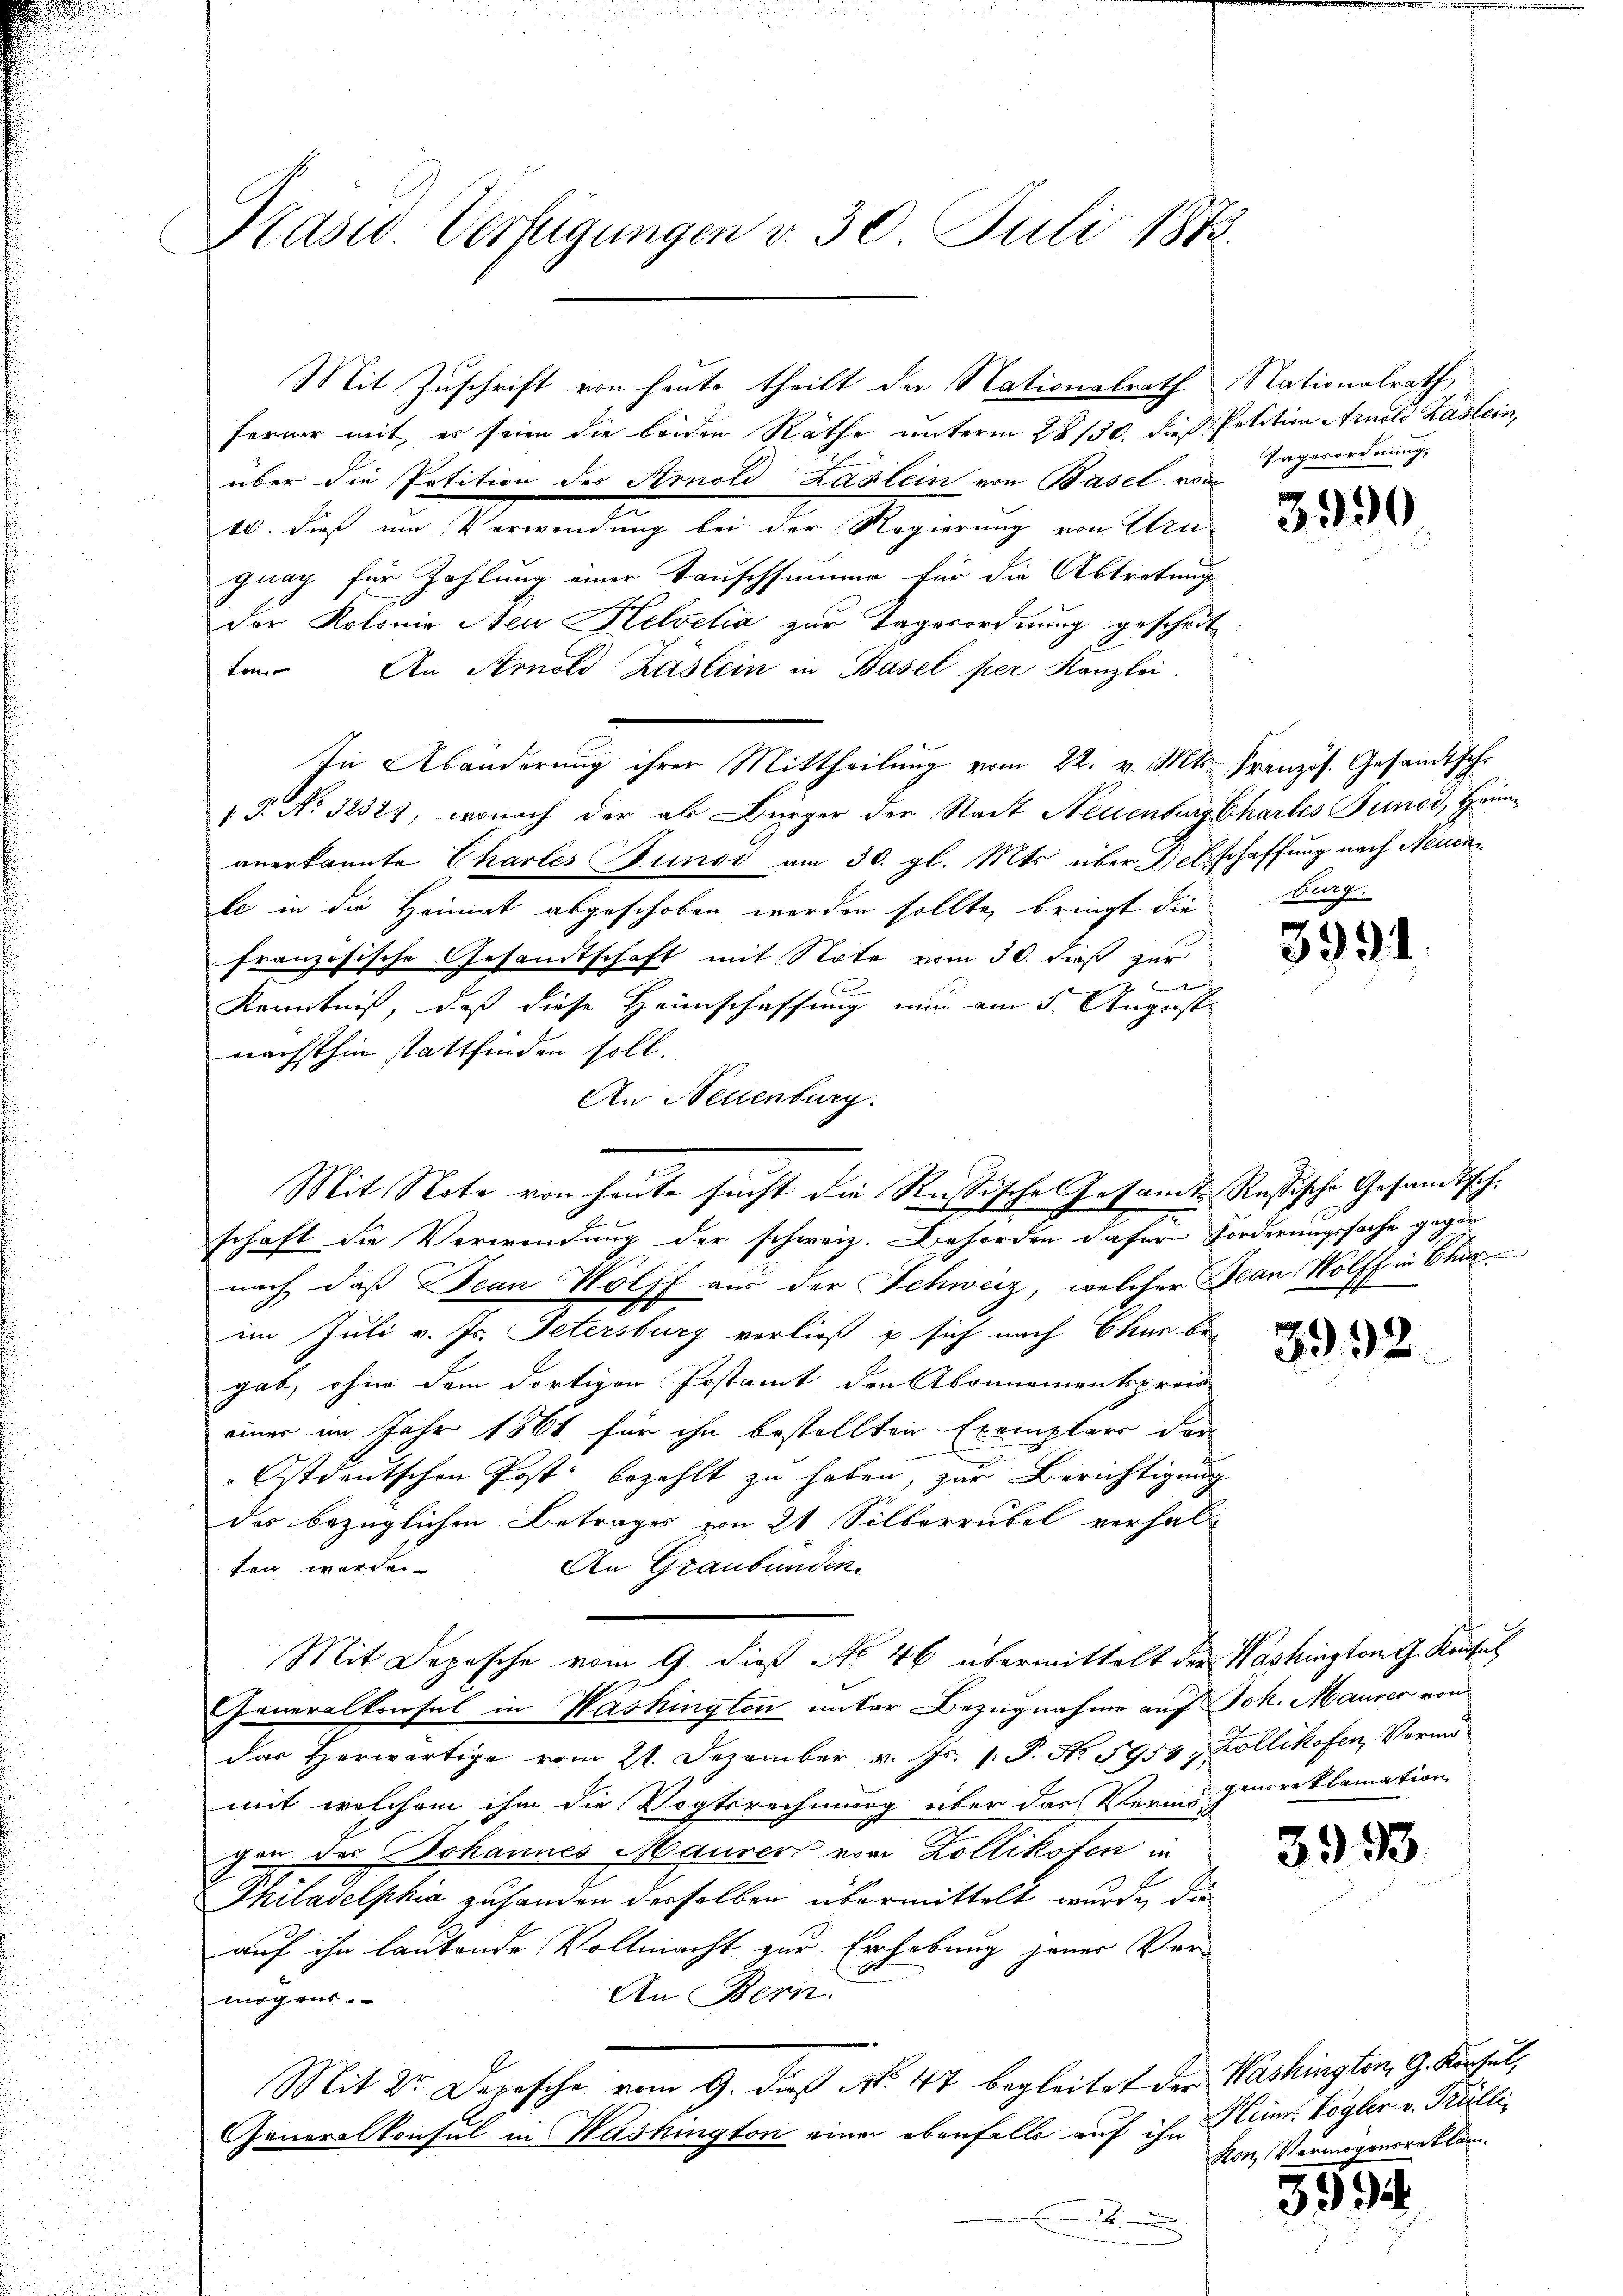
Krasw. Verfügungen v. 30. Juli 1875.

ferner mit, es seien die beiden Räthe unterm 28/30. dieß Petition Arnold Kastein,
über die Petition des Arnold Laslein von Basel vom
10. dieß um Verwendung bei der Regierung von Ungnag für Zahlung einer Tauschsumme für die Abtretung
der Rotonie Neu Helvetia zur Tagesordnung geschritten. An Arnold Kastein in Basel per Kanzlei.
In Abänderung ihrer Mittheilung vom 22. v. Mts. Französ. Gesandtsche
(P. Nr. 3232), wonach der als Bürger der Stadt Neuenburg Chartes Tunod, Heinanerkannte Chartes und am 30. gl. Mts. über Delschaffung nach Neuenle in die Heimat abgeschoben werden sollte, bringt die
französische Gesandtschaft mit Note vom 30. dieß zur

Kenntniß, daß diese Heimschaffung nun am 5. August
nächsthin stattfinden soll.
nach, daß Jean Wolff aus der Schweiz, welcher Plan Wolff in Char
im Juli v. Js. Petersburg verließ p sich nach Chur be-
gab, ohne dem dortigen Postamt den Abonnementsproc
einer im Jahr 1861 für ihn bestellten Exemplare der
Ostdeutschen Post bezahlt zu haben, zur Berichtigung
des bezüglichen Betrages von 21 Silberrubel verhal-
ten werde.
An Graubünden.
Mit Depesche vom 9. dieß No 46 übermittelt der Washington G. Konsul
Generalkonsul in Washington unter Bezugnahme auf Joh. Maurer von
das Herwärtige vom 21. Dezember v. Js. 1. P. No. 5954, Kollikofen, Vermömit welchem ihm die Vogtsrechnung über das Verminoreklamation
gen der Johannes Maurer von Zollikofen in
Philadelphia zuhanden derselben übermittelt wurde, die
auf ihn lautende Vollmacht zur Erhebung jener Ver¬
An Bern.
mögens.
Mit 2 Depesche vom 9. dieß No. 47 begleitet der Washingten, G. Kursel¬
Generalkonsul in Washington einer ebenfalls auf ihn

Mit Zuschrift von heute theilt der Nationalrath Nationalrath

An Neuenburg.
Mit Note von heute sucht die Rußische Gesamt Russische Gesandtsch.
schaft die Verwendung der schweiz. Behörden dafür Forderungssache gegen

Tagesordnung,

3990

Mag.

3991

3992.

3993

Heiner Vogler v. Trülli¬
Kon Vermögensreklam

3594